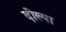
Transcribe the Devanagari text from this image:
दील्या